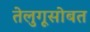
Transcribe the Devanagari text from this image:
तेलुगूसोबत